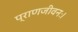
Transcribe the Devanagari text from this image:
प्राणजीवनः।